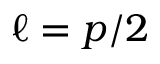
\ell = p / 2